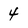
Character: 4